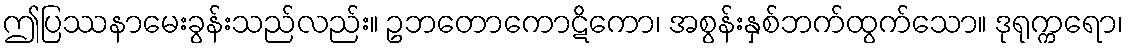
ဤပြဿနာမေးခွန်းသည်လည်း။ ဥဘတောကောဋိကော၊ အစွန်းနှစ်ဘက်ထွက်သော။ ဒုရုက္ကရော၊